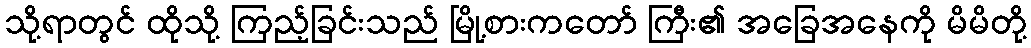
သို့ရာတွင် ထိုသို့ ကြည့်ခြင်းသည် မြို့စားကတော် ကြီး၏ အခြေအနေကို မိမိတို့